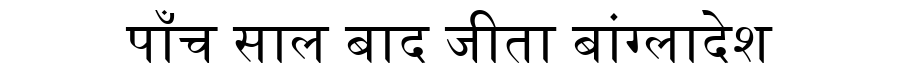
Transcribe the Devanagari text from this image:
पाँच साल बाद जीता बांग्लादेश